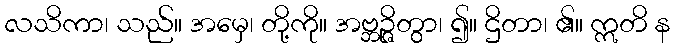
လသိကာ၊ သည်။ အမှေ၊ တို့ကို။ အဗ္ဘဉ္ဇိတွာ၊ ၍။ ဌိတာ၊ ၏။ ဣတိ န